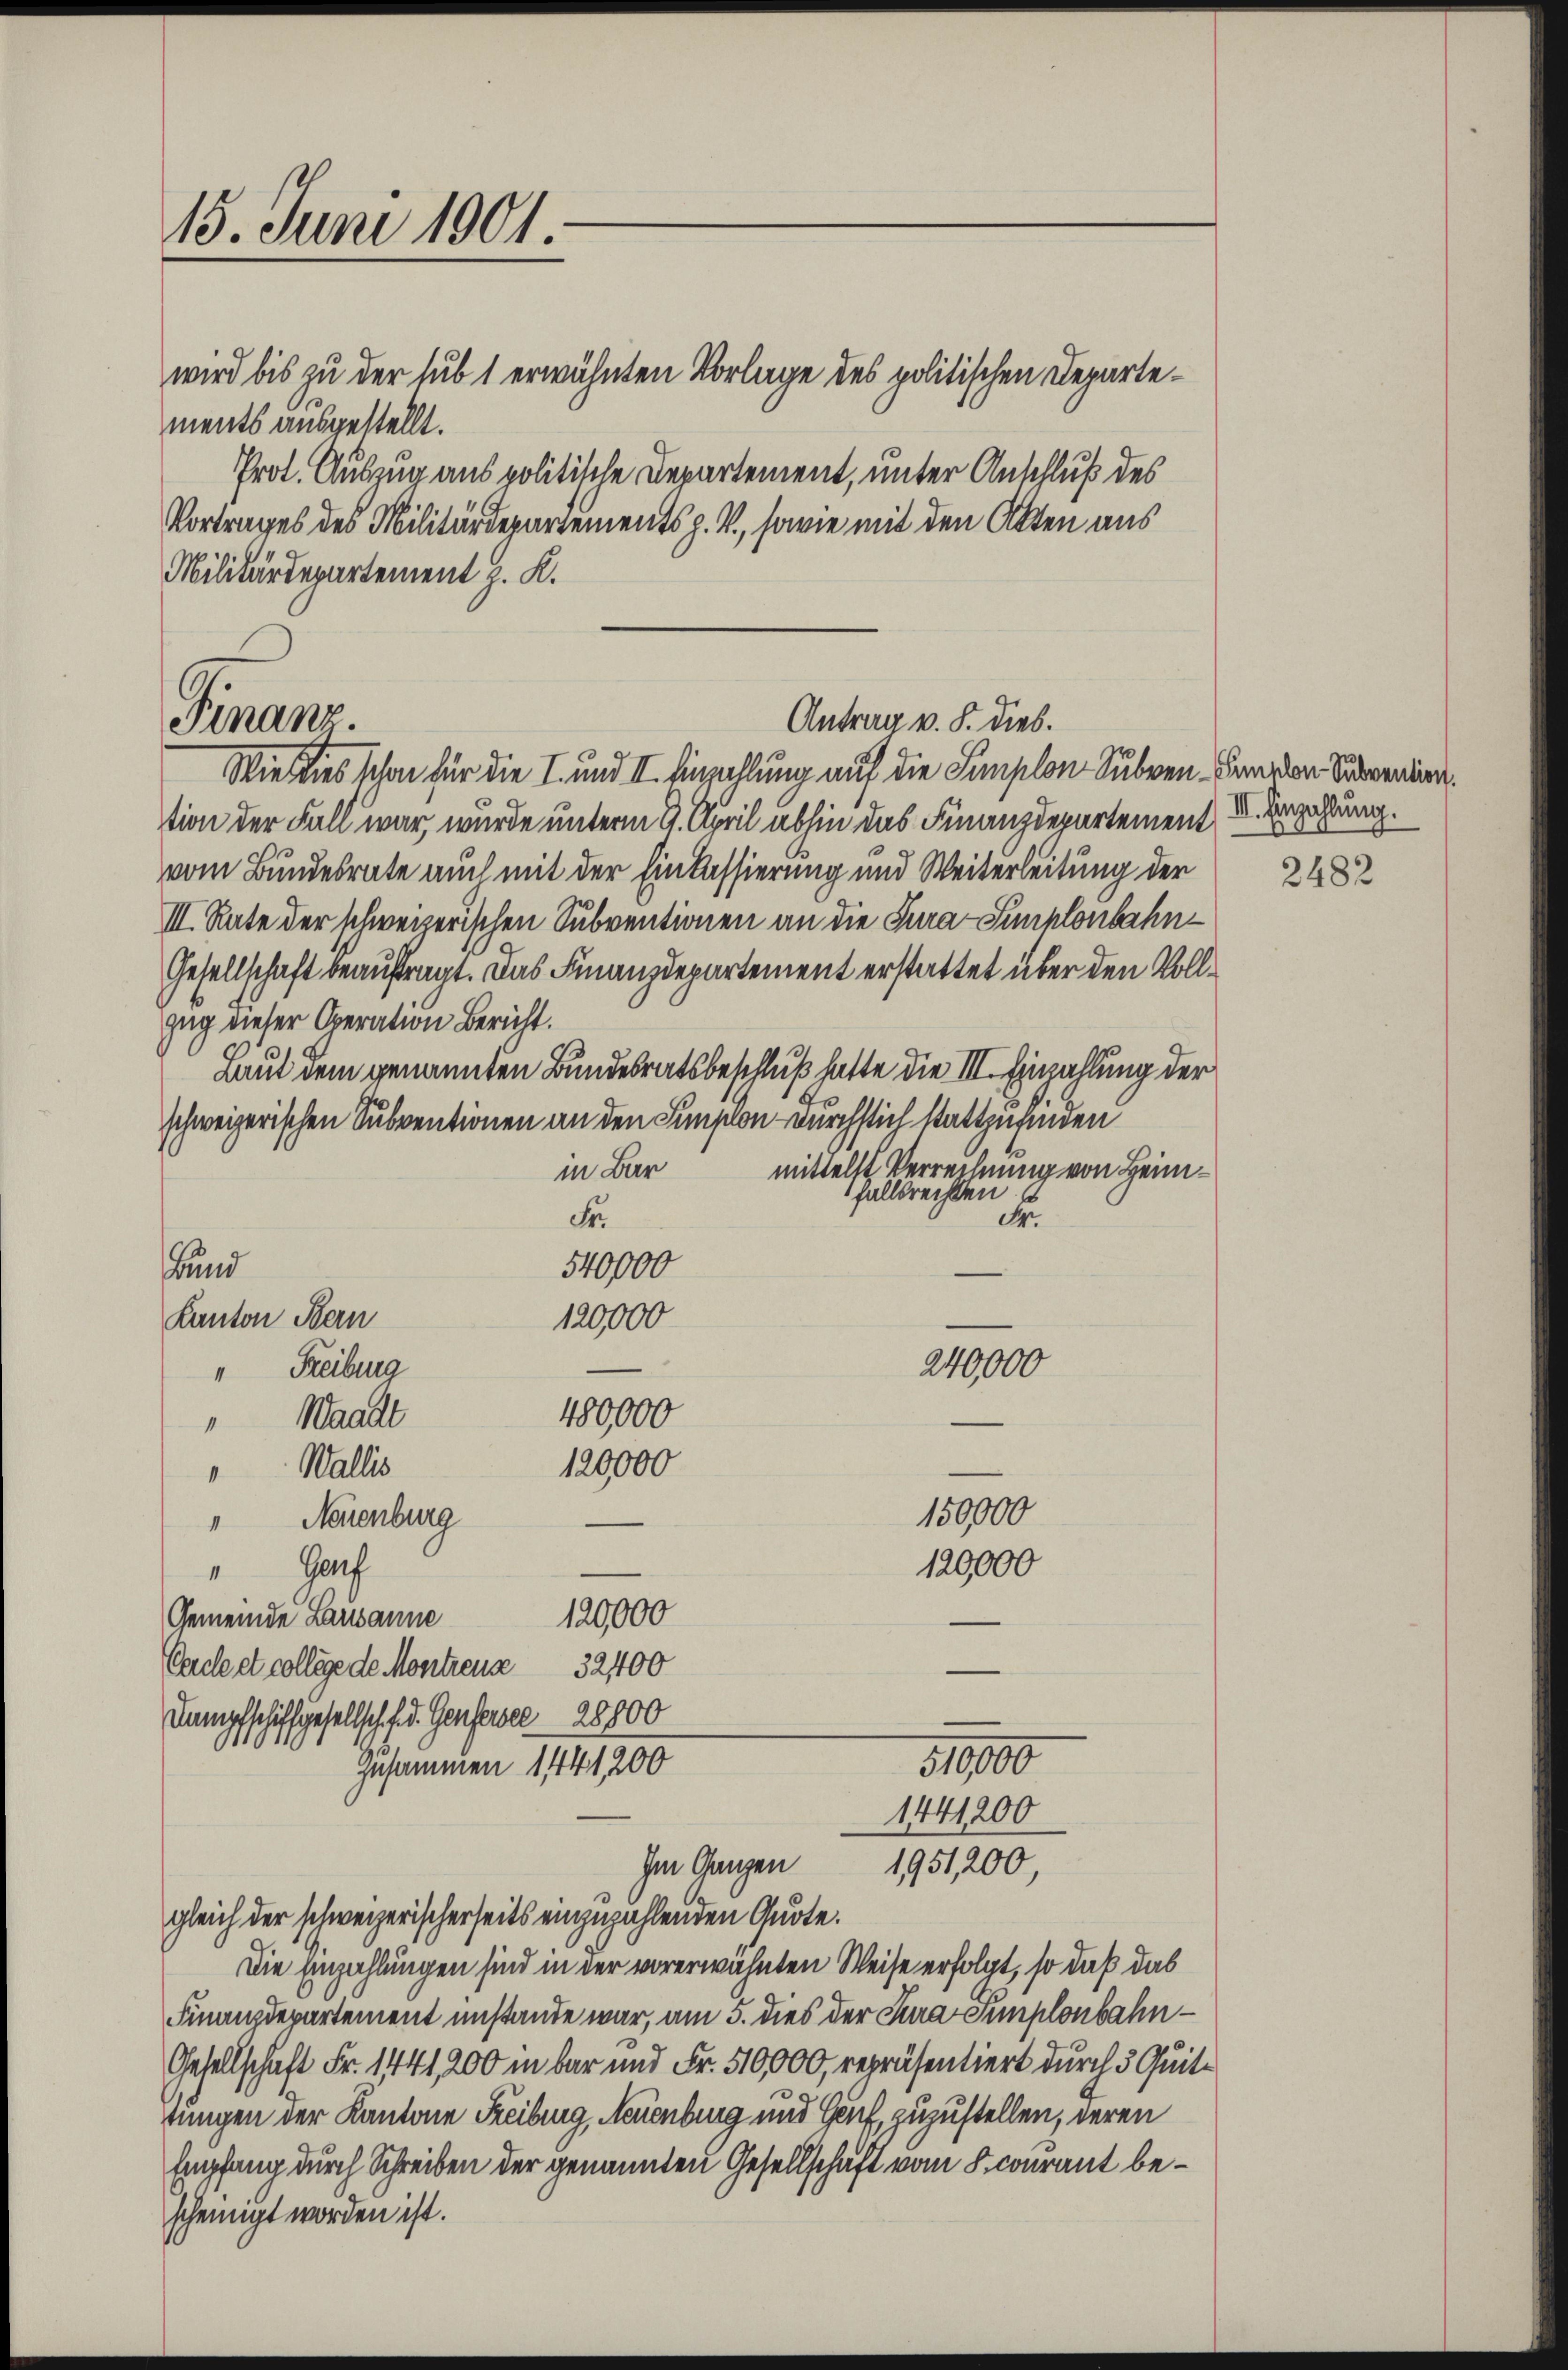
15. Juni 1901.

ments ausgestellt.
Prot. Auszug aus politische Departement, unter Anschluß des
Vortrages des Militärdepartementsp. V, sowie mit den Akten aus
Militärdepartement J. K.
Wie dies schon für die I. und II. Einzahlung auf die Simplon Subven. Daneben Superin,
tion der Fall war, wurde unterm 9. April abhin das Finanzdepartement u. Bezahlung.
vom Bundesrate auch mit der Einkassierung und Weiterleitung der
III. Rate der schweizerischen Subventionen an die Tura-Simplonbahn¬
Gesellschaft beauftragt. Das Finanzdepartement erstattet über den Voll
zug dieser Operation Bericht.
Laut dem genannten Bundesratsbeschluß hatte die III. Einzahlung der
schweizerischen Subventionen an den Simplon durchstich stattzufinden
mittelst Verrechnung von Heimin Bar
fallsrechten
F
Fr.
540000
und
120,000
Kanton Bern
240,000
" Freiburg
480000
Waadt
120000
Wallis
150000
" Neuenburg
Gauf
120,000
1
120000
Gemeinde Lausanne
Cercleet college de Montreus 32400
Dampfschiffgesellsch (d. Genferer 28000
110000
Zusammen 1441200
1441200
Im Ganzen 1951,200,
gleich der schweizerischerseits einzuzahlenden Quote.
Die Einzahlungen sind in der vorerwähnten Weise erfolgt, so daß das
Finanzdepartement imstande war, am 5. dies der Jura Semplonbahn¬
Gesellschaft Fr. 1441200 in bar und Fr. 510,000, repräsentiert durch 5 Quitringen der Kantone Freiburg, Neuenburg und Genf, zuzustellen, deren
Empfang durch Schreiben der genannten Gesellschaft vom 8. courant bescheinigt worden ist.

Finanz

wird bis zu der sub 1 erwähnten Vorlage des politischen Departe¬

Antrag v. S. dies.

2482

.